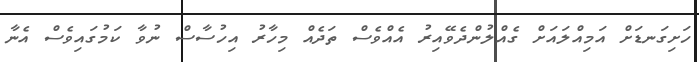
ހަށިގަނޑަށް އަމިއްލައަށް ގެއްލުންދެވޭއިރު އެއްވެސް ތަދެއް މިހާރު އިހުސާސް ނުވާ ކަމުގައިވެސް އެނާ